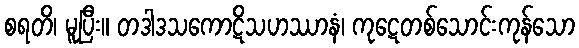
စရတိ၊ မူပြီး။ တဒါဒသကောဋိသဟဿာနံ၊ ကုဋေတစ်သောင်းကုန်သော